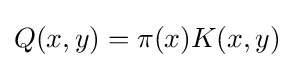
Q(x,y)=\pi (x)K(x,y)